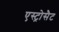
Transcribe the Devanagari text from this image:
एस्ट्रोसैट